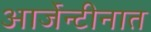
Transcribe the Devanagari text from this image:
आर्जेन्टीनात